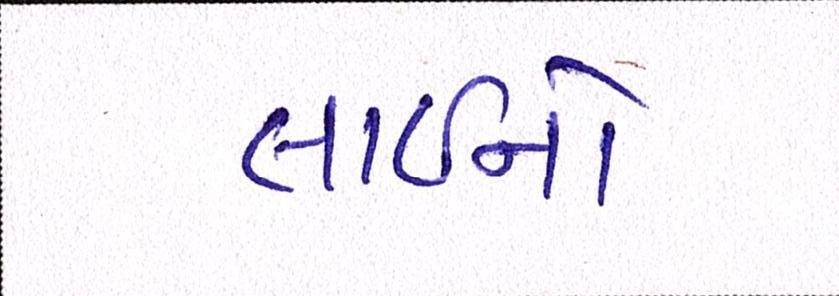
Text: લાઇનો